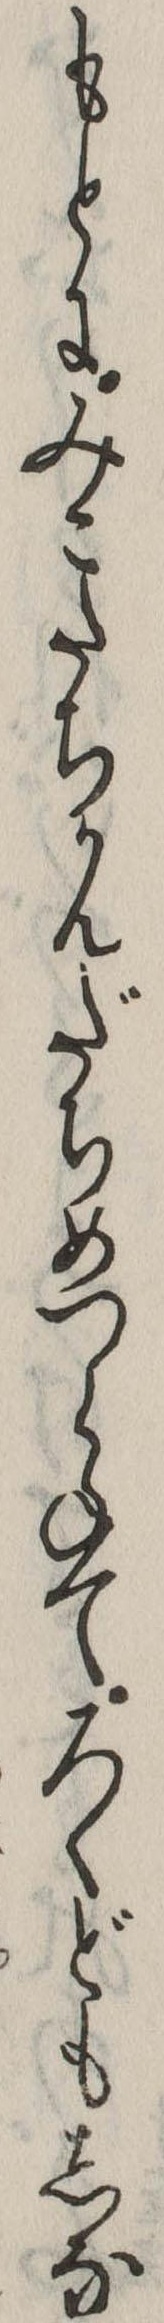
もとにみこたちかんだちめつらねてろくどもしな